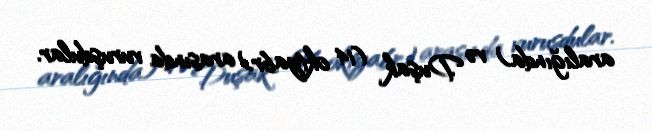
aralığında) və Duşak (14 oktyabr) arasında vuruşdular.